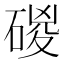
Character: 𥓻